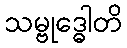
သမ္ဗုဒ္ဓေါတိ